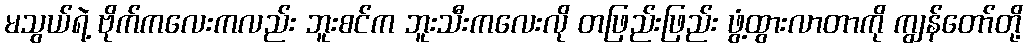
မသွယ်ရဲ့ ဗိုက်ကလေးကလည်း ဘူးစင်က ဘူးသီးကလေးလို တဖြည်းဖြည်း ဖွံ့ထွားလာတာကို ကျွန်တော်တို့